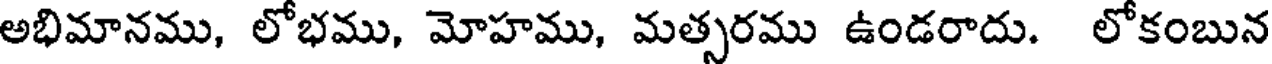
అభిమానము, లోభము, మోహము, మత్సరము ఉండరాదు. లోకంబున